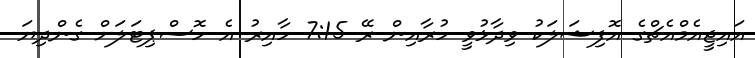
އައިޖީއެމްއެޗްގެ އޮފިޝަލަކު ވިދާޅުވީ ހުރާއިން ރޭ 7:15 ހާއިރު އެ ހޮސްޕިޓަލަށް ގެންދިޔަ